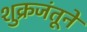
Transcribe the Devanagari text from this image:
शुक्रजंतूने